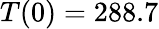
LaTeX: T(0)=288.7